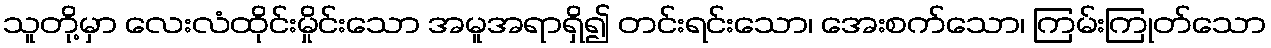
သူတို့မှာ လေးလံထိုင်းမှိုင်းသော အမူအရာရှိ၍ တင်းရင်းသော၊ အေးစက်သော၊ ကြမ်းကြုတ်သော